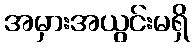
အမှားအယွင်းမရှိ